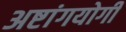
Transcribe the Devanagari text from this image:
अष्टांगयोगी